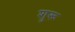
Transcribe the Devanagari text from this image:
शुरू